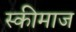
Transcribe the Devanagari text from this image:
स्कीमाज